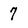
Character: 7